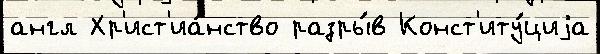
англ Хр'ист'иа́нство разры́в Конст'иту́циjа